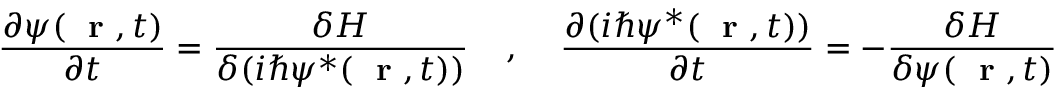
\frac { \partial \psi ( \mathrm { ~ \bf ~ r ~ } , t ) } { \partial t } = \frac { \delta H } { \delta ( i \hbar \psi ^ { * } ( \mathrm { ~ \bf ~ r ~ } , t ) ) } \; \; \; \; , \; \; \; \; \frac { \partial ( i \hbar \psi ^ { * } ( \mathrm { ~ \bf ~ r ~ } , t ) ) } { \partial t } = - \frac { \delta H } { \delta \psi ( \mathrm { ~ \bf ~ r ~ } , t ) }